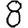
Digit: 8